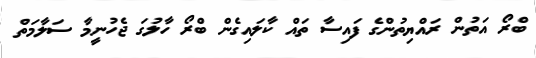
ބްރޯ އަތުން ރައްޔިތުންގެ ފައިސާ ތައް ކާލައިގެން ބްރޯ ހާލުގަ ޖެހުނީމާ ސަލާމަތް